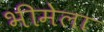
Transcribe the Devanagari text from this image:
भीमेला